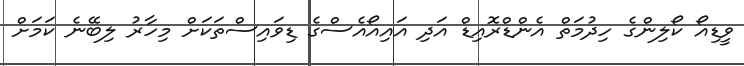
ވީޑިއޯ ކޯލިންގެ ހިދުމަތް އެންޑްރޮއިޑް އަދި އައިއޯއެސްގެ ޑިވައިސްތަކަށް މިހާރު ލިބޭނެ ކަމަށް